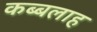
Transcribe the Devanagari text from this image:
कब्बलाह